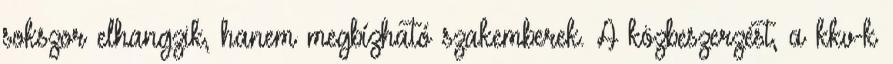
sokszor elhangzik, hanem megbízható szakemberek. A közbeszerzést, a kkv-k